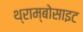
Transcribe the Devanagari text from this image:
थ्राम्बोसाइट